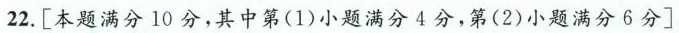
22.[本题满分10分，其中第(1)小题满分4分，第(2)小题满分6分]